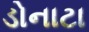
ડોનાટા